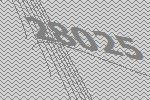
28025